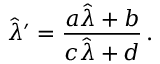
\hat { \lambda } ^ { \prime } = \frac { a \hat { \lambda } + b } { c \hat { \lambda } + d } \, .